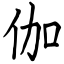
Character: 伽